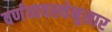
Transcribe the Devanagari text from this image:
वर्णव्यवस्थेनुसार